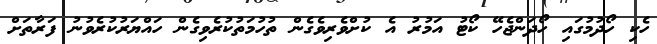
ހެކި ހޯދުމުގައި ހޯދަންޖެހޭ ކޯޓު އަމުރު އެ ކުށްވެރިވެގެން ތުހުމަތުކުރެވިގެން ހައްޔަރުކުރެވުނު ފަރާތަށް